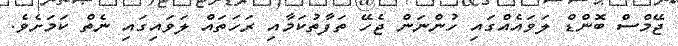
ޖޭމްސް ބޮންޑް ލަވައެއްގައި ހުންނަން ޖެހޭ ތަފާތުކަމާއި ރަހަތައް ލަވައިގައި ނެތް ކަމަށެވެ.